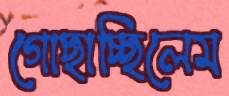
গোছাচ্ছিলেম